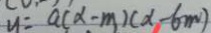
y = a ( \alpha - m ) ( \alpha - 6 m )